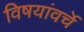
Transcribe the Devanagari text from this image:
विषयांवर्चे